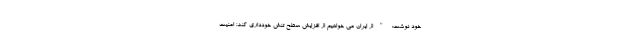
خود نوشت: "از ایران می خواهیم از افزایش سطح تنش خودداری کند؛ امنیت